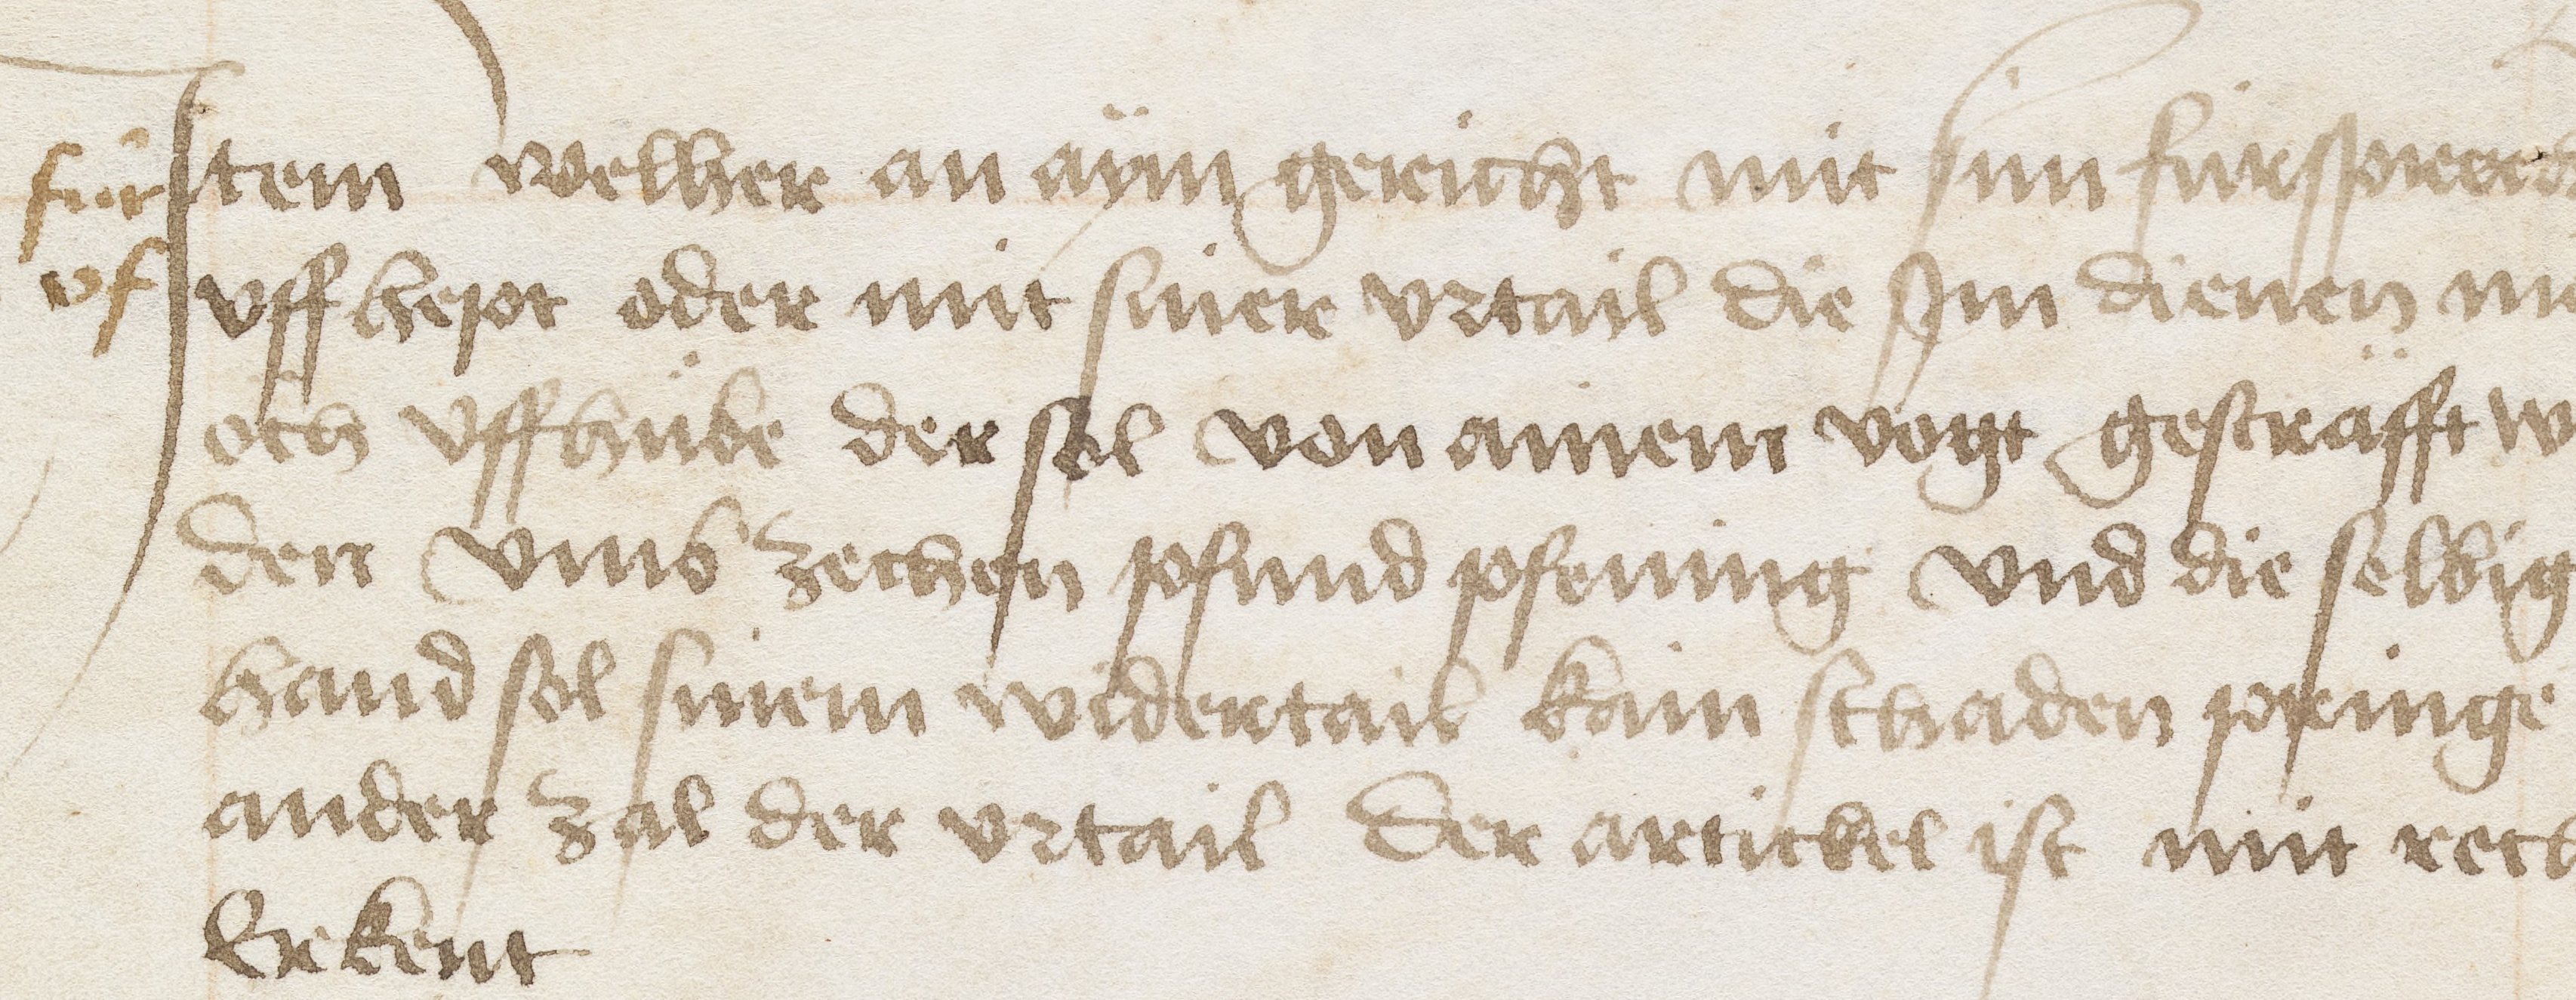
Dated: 1471–1472